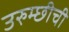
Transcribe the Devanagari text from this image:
उरुम्छीची